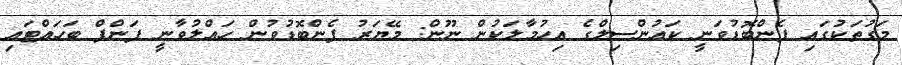
މަގުތަކުގައި ފެންބޮޑުވަނީ ކައުންސިލްގެ އިހުމާލަކުން ނޫން: މޭޔަރު ފެންބޮޑުވުން ހައްލުވާނީ ޕަންޕް ބަހައްޓައި